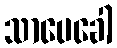
သာပေခေါ